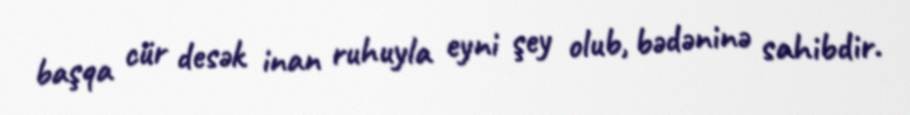
başqa cür desək inan ruhuyla eyni şey olub, bədəninə sahibdir.